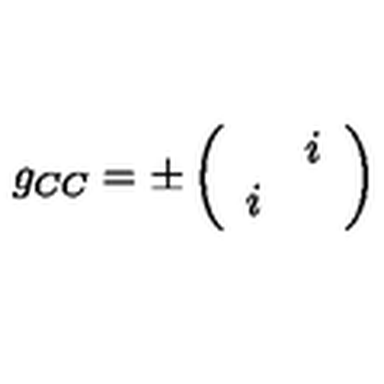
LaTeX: g _ { C C } = \pm \left( \begin{array} { c c } { } & { i } \\ { i } & { } \\ \end{array} \right)